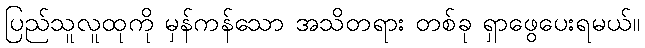
ပြည်သူလူထုကို မှန်ကန်သော အသိတရား တစ်ခု ရှာဖွေပေးရမယ်။